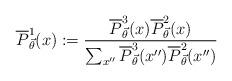
LaTeX: \begin{align*}\overline{P}^1_{\vec{\theta}}(x):=\frac{\overline{P}^3_{\vec{\theta}}(x)\overline{P}^2_{\vec{\theta}}(x)}{\sum_{x''}\overline{P}^3_{\vec{\theta}}(x'')\overline{P}^2_{\vec{\theta}}(x'')}\end{align*}